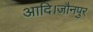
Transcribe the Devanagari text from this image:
आदि।जौनपुर